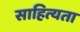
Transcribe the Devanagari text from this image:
साहित्यता